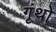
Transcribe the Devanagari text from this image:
गृंथो